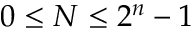
0 \leq N \leq 2 ^ { n } - 1